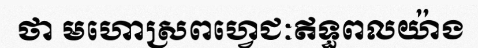
ថា មហោស្រពហ្វេជៈឥទ្ធពលយ៉ាង